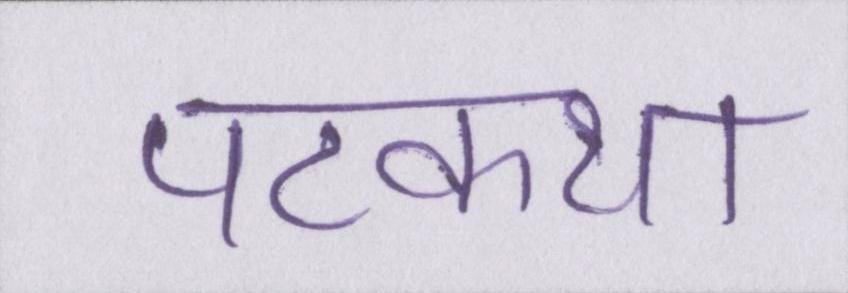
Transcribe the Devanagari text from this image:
पटकथा